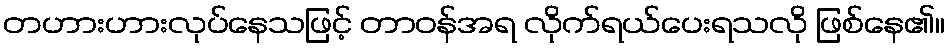
တဟားဟားလုပ်နေသဖြင့် တာဝန်အရ လိုက်ရယ်ပေးရသလို ဖြစ်နေ၏။